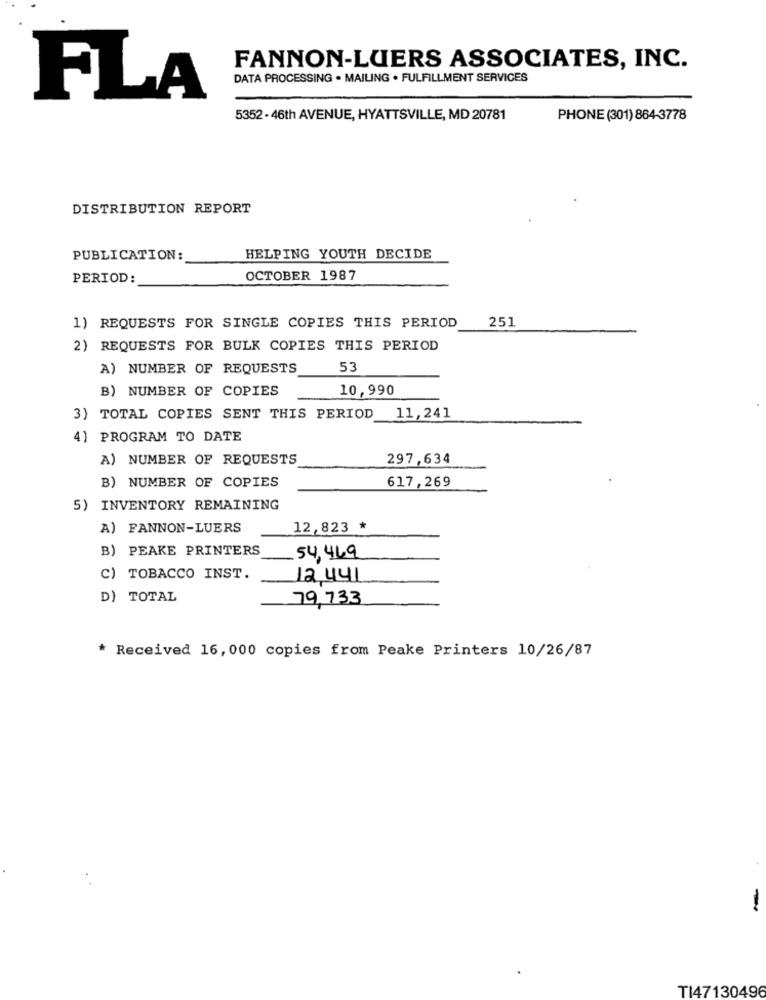
FANNON-LUERS ASSOCIATES, INC.
DATA PROCESSING . MAILING . FULFILLMENT SERVICES
FLA
5352 - 46th AVENUE, HYATTSVILLE, MD 20781
PHONE (301) 884-3778
DISTRIBUTION REPORT
PUBLICATION:
HELPING YOUTH DECIDE
PERIOD:
OCTOBER 1987
251
1) REQUESTS FOR SINGLE COPIES THIS PERIOD
2) REQUESTS FOR BULK COPIES THIS PERIOD
A) NUMBER OF REQUESTS
53
B) NUMBER OF COPIES
10,990
3) TOTAL COPIES SENT THIS PERIOD
11,241
4) PROGRAM TO DATE
A) NUMBER OF REQUESTS
297,634
B) NUMBER OF COPIES
617,269
5) INVENTORY REMAINING
A) FANNON-LUERS
12,823 *
B) PEAKE PRINTERS
54,469
C) TOBACCO INST.
12,441
D) TOTAL
79,733
* Received 16,000 copies from Peake Printers 10/26/87
-
TI47130496